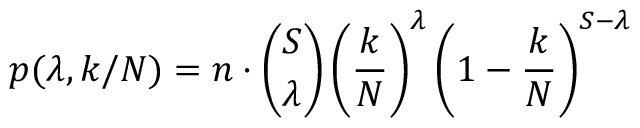
p ( \lambda , k / N ) = n \cdot { \binom { S } { \lambda } } \left( \frac { k } { N } \right) ^ { \lambda } \left( 1 - \frac { k } { N } \right) ^ { S - \lambda }